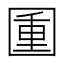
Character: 𡈈